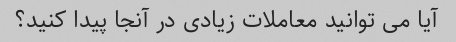
آیا می توانید معاملات زیادی در آنجا پیدا کنید؟